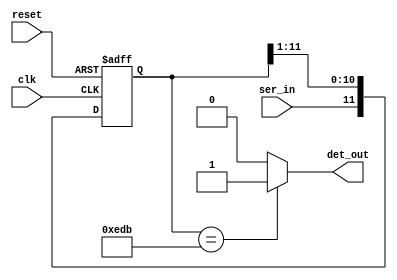
module seqDet(clk, reset, ser_in, det_out);

input clk, reset;
input ser_in;
output det_out;

reg [11:0] shift_ff, nxt_shift_ff;

always @(posedge clk or posedge reset)begin
    if(reset) 
    shift_ff <= 0;
    else
    shift_ff <= nxt_shift_ff;
end

//input is fed from left
assign nxt_shift_ff = {ser_in, shift_ff[11:1]};

assign det_out = (shift_ff == 12'b1110_1101_1011) ? 1 : 0;

endmodule